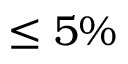
\le 5 \%